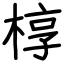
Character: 椁